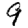
Digit: 9